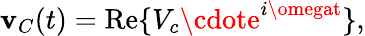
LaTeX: \mathbf{v}_{C}(t)=\operatorname{Re}\{ V_{c}\cdote^{i\omegat}\} ,